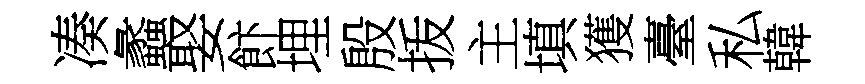
凑蠡娶飰埋殷㧞主填獲臺私韓